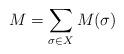
LaTeX: \begin{align*}M=\sum_{\sigma\in X}M(\sigma)\end{align*}